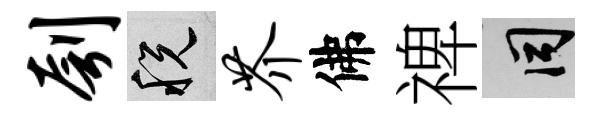
刳税芥佛禆间